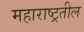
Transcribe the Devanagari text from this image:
महाराष्ट्रतील